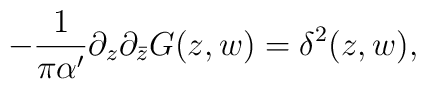
-\frac1{\pi\alpha'}\partial_z\partial_{\bar{z}}G(z,w)=\delta^2(z,w),